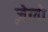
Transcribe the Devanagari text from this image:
ज़ेलो